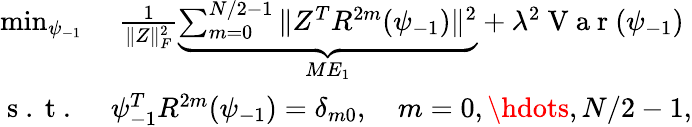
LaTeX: \begin{array}{cc}{\operatorname*{min}_{\psi_{-1}}}&{\frac{1}{\| Z\| _{F}^{2}}\underbrace{\sum_{m=0}^{N/2-1}\| Z^{T}R^{2m}(\psi_{-1})\| ^{2}}_{ME_{1}}+\lambda^{2}\mathrm{~V~a~r~}(\psi_{-1})}\\ {\mathrm{~s~.~t~.~}}&{\psi_{-1}^{T}R^{2m}(\psi_{-1})=\delta_{m0},\quad m=0,\hdots,N/2-1,}\end{array}